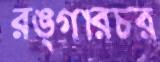
রঙ্গারচর